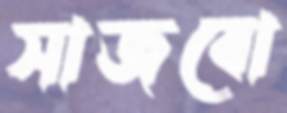
সাজবো